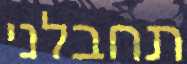
תחבלני